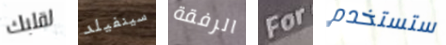
لقلبك سينفيلد الرفقة For ستستخدم